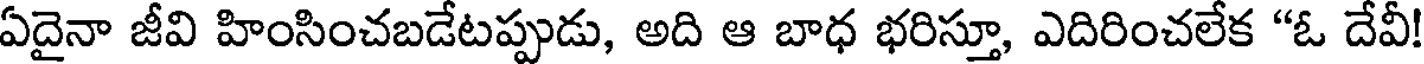
ఏదైనా జీవి హింసించబడేటప్పుడు, అది ఆ బాధ భరిస్తూ, ఎదిరించలేక "ఓ దేవీ